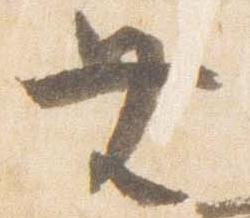
無